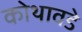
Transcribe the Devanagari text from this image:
कोथावडे